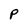
Character: P